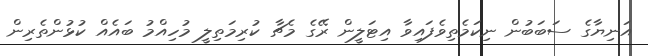
އަނިޔާގެ ސަބަބުން ނިކަމެތިވެފައިވާ އިޓަލީން ރޭގެ މެޗާ ކުރިމަތިލީ މުހިއްމު ބައެއް ކުޅުންތެރިން